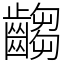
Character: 齺